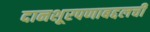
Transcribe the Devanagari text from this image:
दानशूरपणाबद्दलची